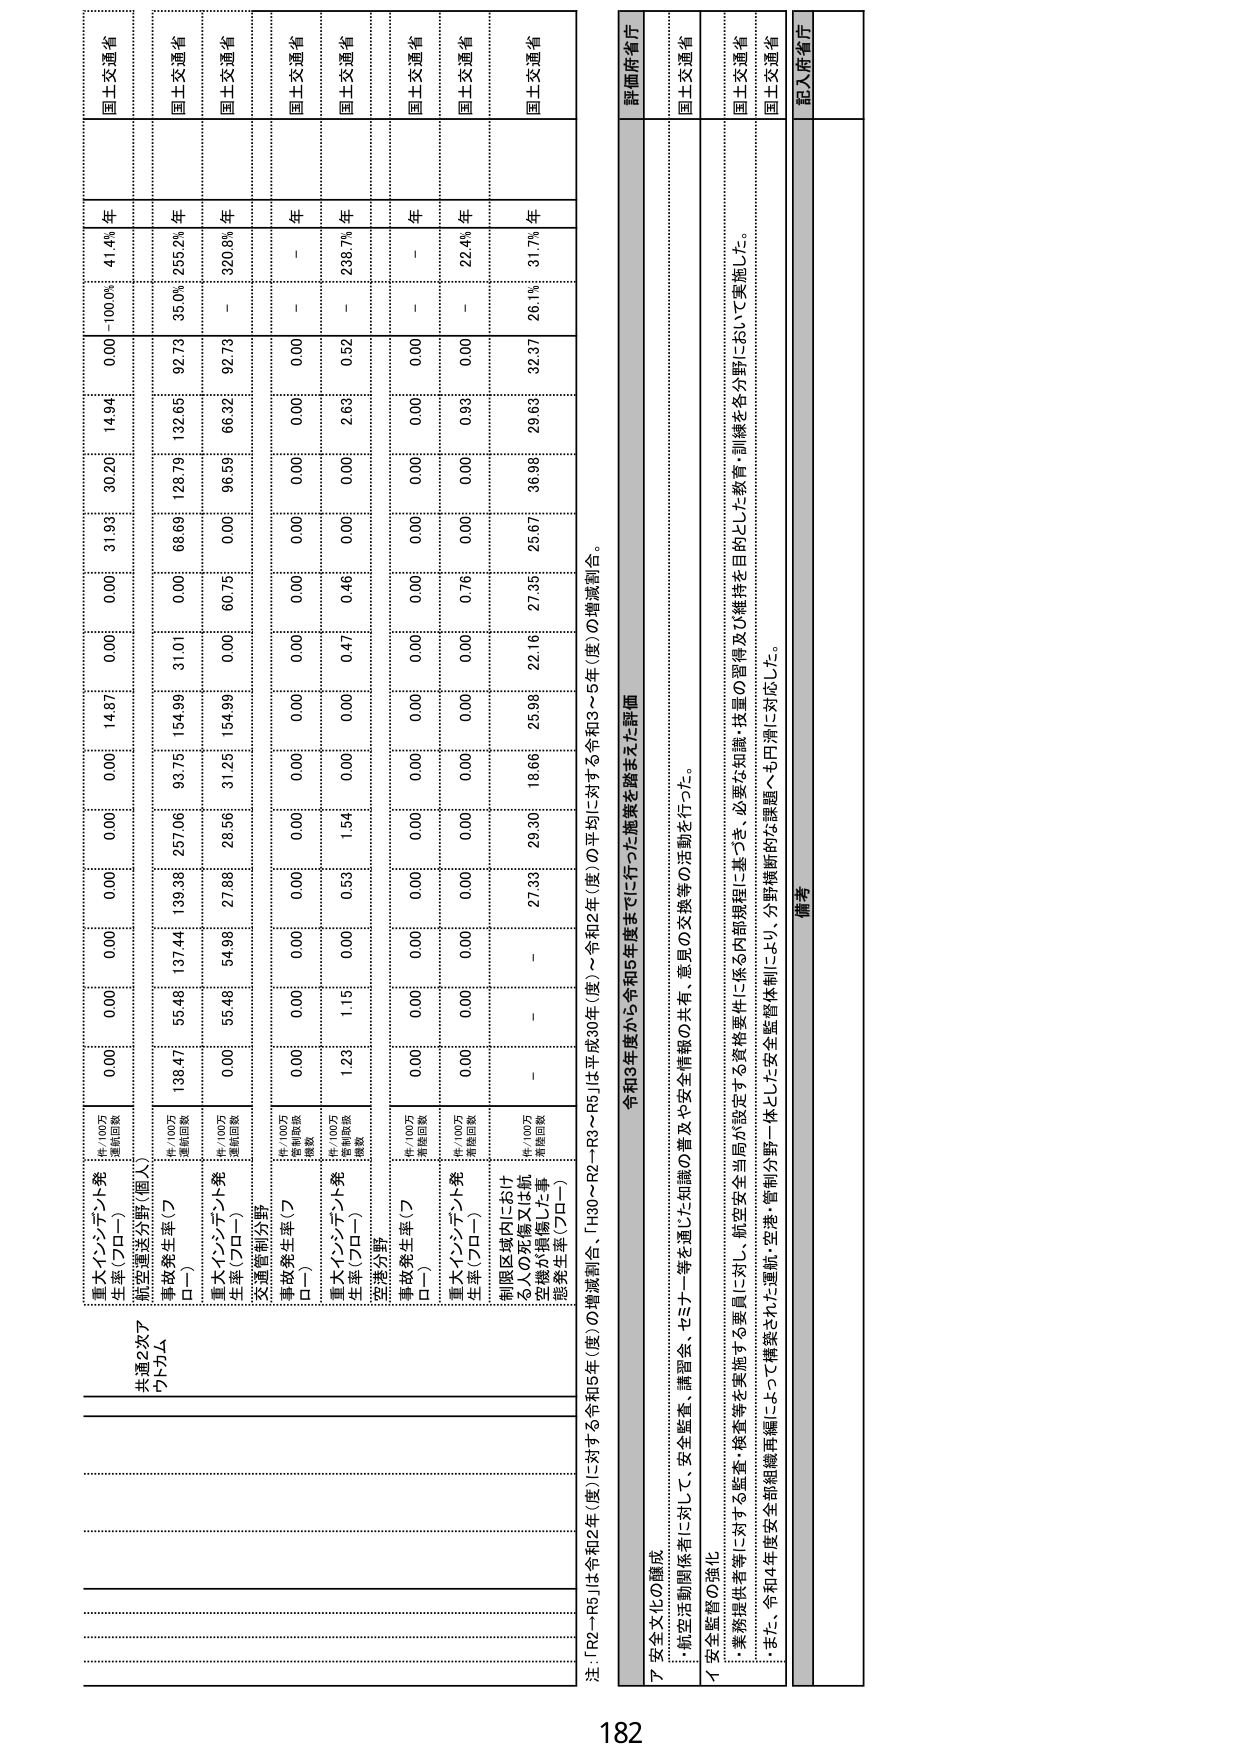
共通2次7
プログラム

重大インシデント発生率（プロー） 件/100万運航回数
航空運送分野（個人） 0.00 0.00 0.00 0.00 14.87 0.00 31.93 30.20 14.94 0.00 -100.0% 41.4% 年 国土交通省

事故発生率（プロー） 件/100万運航回数
重大インシデント発生率（プロー） 件/100万運航回数
交通管制分野 事故発生率（プロー） 件/100万管制回数
重大インシデント発生率（プロー） 件/100万管制回数
空港分野 事故発生率（プロー） 件/100万運航回数
重大インシデント発生率（プロー） 件/100万運航回数
制限区域内における人の死傷又は航空機が損傷した事態発生率（プロー） 件/100万管理回数

138.47 55.48 131.44 139.39 257.06 93.75 154.99 31.01 0.00 68.69 128.79 132.65 92.73 35.0% 255.2% 年 国土交通省

0.00 55.48 54.98 27.89 28.56 31.25 154.99 0.00 60.75 0.00 96.59 66.32 92.73 - 320.8% 年 国土交通省

0.00 0.00 0.00 0.00 0.00 0.00 0.00 0.00 0.00 0.00 0.00 0.00 0.00 - - 年 国土交通省

1.23 1.15 0.00 0.53 1.54 0.00 0.00 0.47 0.46 0.00 2.63 0.52 - 238.7% 年 国土交通省

0.00 0.00 0.00 0.00 0.00 0.00 0.00 0.00 0.00 0.00 0.00 0.00 0.00 - - 年 国土交通省

0.00 0.00 0.00 0.00 0.00 0.00 0.00 0.00 0.00 0.00 0.00 0.00 0.00 - 22.4% 年 国土交通省

- - 27.33 29.30 18.66 25.98 22.16 27.35 25.67 36.96 29.63 32.37 26.1% 31.7% 年 国土交通省

注：「R2～R5」は令和2年（度）に対する令和5年（度）の増減割合、「H30～R2～R3～R5」は平成30年（度）～令和2年（度）の平均に対する令和3～5年（度）の増減割合。

評価府省庁

ア 安全文化の醸成
・航空活動関係者に対して、安全監査、講習会、セミナー等を通じた知識の普及や安全情報の共有、意見の交換等の活動を行った。

イ 安全監督の強化
・業務提供者等に対する監査・検査等を実施する要員に対し、航空安全当局が設定する資格要件に係る内部規程に基づき、必要な知識・技量の習得及び維持を目的とした教育・訓練を各分野において実施した。
・また、令和4年度安全部組織再編によって構築された運航・空港・管制分野一体とした安全監督体制により、分野横断的な課題へも円滑に対応した。

備考

記入府省庁

182